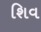
શિવ